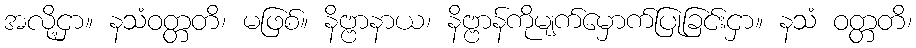
အလို့ငှာ။ နသံဝတ္တတိ၊ မဖြစ်။ နိဗ္ဗာနာယ၊ နိဗ္ဗာန်ကိုမျက်မှောက်ပြုခြင်းငှာ။ နသံ ဝတ္တတိ၊